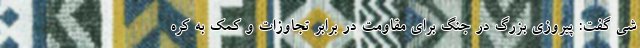
شی گفت: پیروزی بزرگ در جنگ برای مقاومت در برابر تجاوزات و کمک به کره